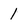
Character: 1